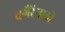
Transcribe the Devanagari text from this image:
वगैरेंसाठी